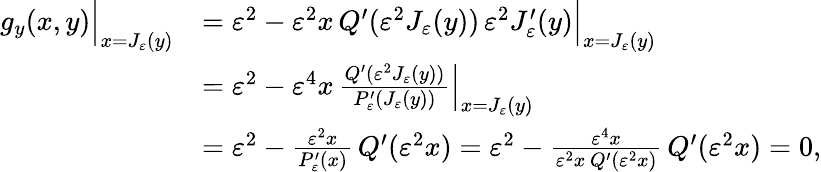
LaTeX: \begin{array}{rl}{g_{y}(x,y)\Big|_{x=J_{\varepsilon}(y)}}&{=\varepsilon^{2}-\varepsilon^{2}x\, Q^{\prime}(\varepsilon^{2}J_{\varepsilon}(y))\, \varepsilon^{2}J_{\varepsilon}^{\prime}(y)\Big|_{x=J_{\varepsilon}(y)}}\\ &{=\varepsilon^{2}-\varepsilon^{4}x\, \frac{Q^{\prime}(\varepsilon^{2}J_{\varepsilon}(y))}{P_{\varepsilon}^{\prime}\left(J_{\varepsilon}(y)\right)}\Big|_{x=J_{\varepsilon}(y)}}\\ &{=\varepsilon^{2}-\frac{\varepsilon^{2}x}{P_{\varepsilon}^{\prime}(x)}\, Q^{\prime}(\varepsilon^{2}x)=\varepsilon^{2}-\frac{\varepsilon^{4}x}{\varepsilon^{2}x\, Q^{\prime}(\varepsilon^{2}x)}\, Q^{\prime}(\varepsilon^{2}x)=0,}\end{array}